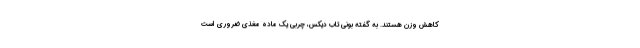
کاهش وزن هستند. به گفته بونی تاب دیکس، چربی یک ماده مغذی ضروری است